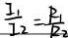
\frac { I _ { 1 } } { I _ { 2 } } = \frac { R _ { 1 } } { R _ { 2 } }